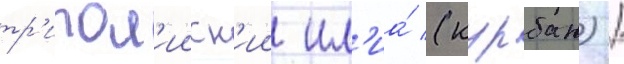
тр'ипол'ииск'ии ил'иа́ (курбан) /